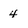
Character: 4